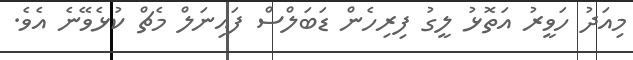
މިއަދު ހަވީރު އަތޮޅު ލީގު ފިރިހެން ޑަބަލްސް ފައިނަލް މެޗް ކުޅެވޭނެ އެވެ.